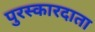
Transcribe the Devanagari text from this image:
पुरस्कारदाता